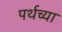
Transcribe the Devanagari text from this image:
पर्थच्या